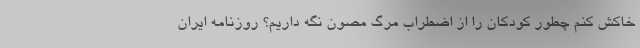
خاکش کنم چطور کودکان را از اضطراب مرگ مصون نگه داریم؟ روزنامه ایران